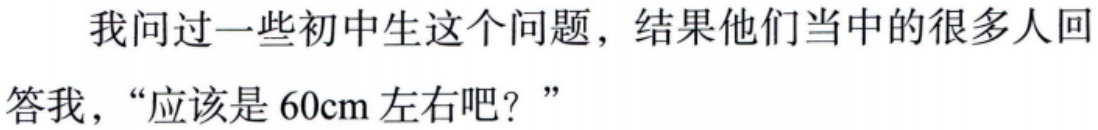
我问过一些初中生这个问题，结果他们当中的很多人回答我，“应该是 60cm 左右吧？”